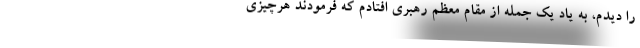
را دیدم، به یاد یک جمله از مقام معظم رهبری افتادم که فرمودند هرچیزی